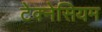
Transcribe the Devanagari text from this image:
टेक्नेसियम